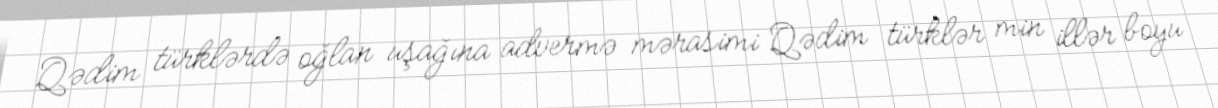
Qədim türklərdə oğlan uşağına advermə mərasimi Qədim türklər min illər boyu